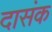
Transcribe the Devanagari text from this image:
दासंक